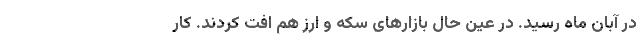
در آبان ماه رسید. در عین حال بازارهای سکه و ارز هم افت کردند. کار